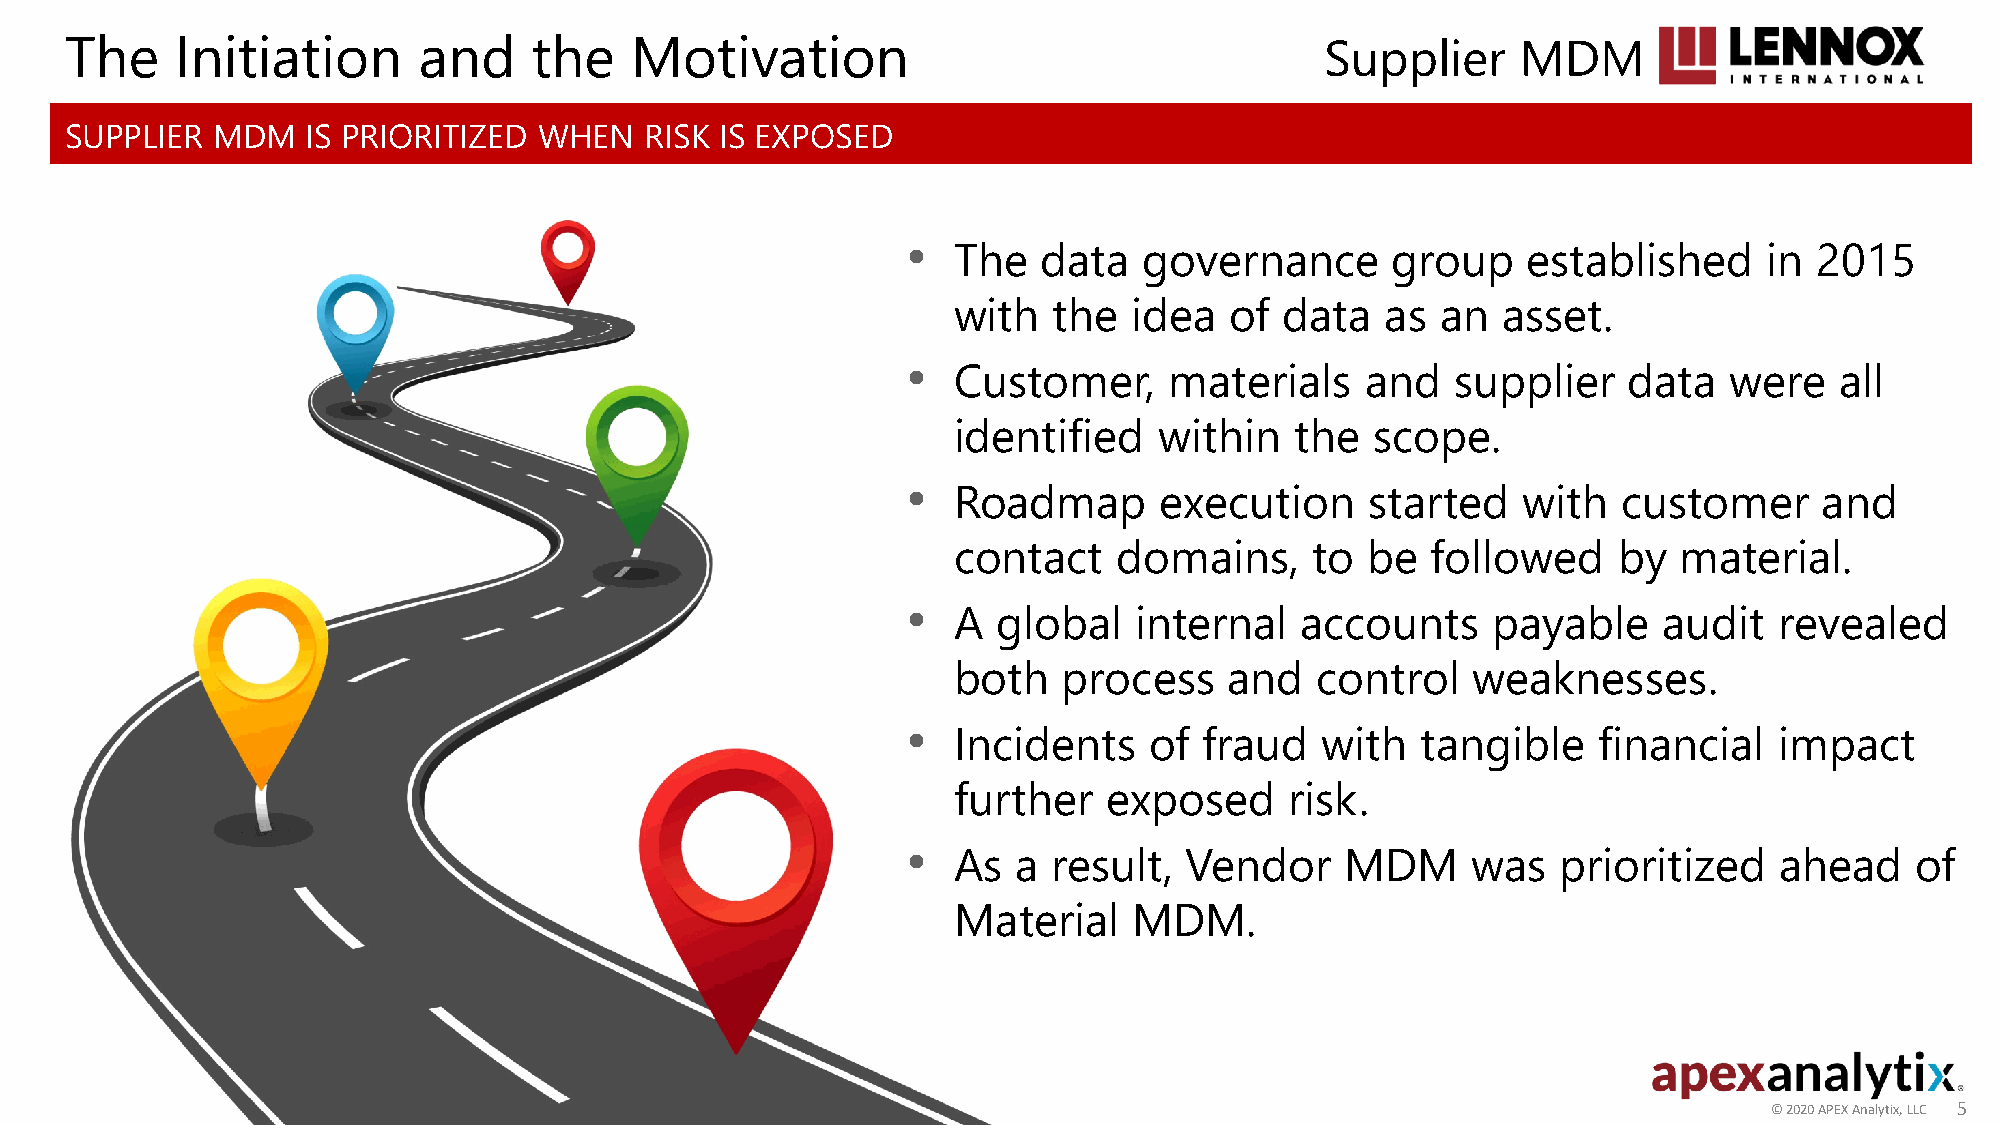
The     Initiation      and    the    Motivation                                    Supplier     MDM
 SUPPLIER  MDM   IS PRIORITIZED  WHEN   RISK IS EXPOSED
 •
 The   data   governance      group    established     in 2015
 with   the  idea  of  data   as an  asset.
 •
 Customer,     materials    and   supplier    data  were    all
 identified    within   the  scope.
 •
 Roadmap       execution    started    with  customer      and
 contact    domains,     to be   followed    by  material.
 •
 A  global   internal   accounts     payable    audit   revealed
 both   process    and   control   weaknesses.
 •
 Incidents    of  fraud  with   tangible    financial   impact
 further   exposed     risk.
 •
 As  a  result, Vendor     MDM     was   prioritized    ahead    of
 Material    MDM.
 ©© 22002200 AAPPEEXX AAnnaallyyttiixx,, LLLLCC 55